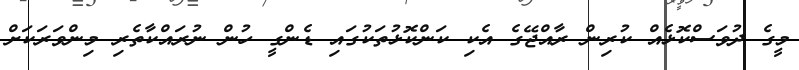
މީގެ ދުވަސްކޮޅެއް ކުރިން ރާއްޖޭގެ އެކި ކަންކޮޅުތަކުގައި ޑެންގީ ހުން ނުރައްކާތެރި މިންވަރަކަށް